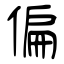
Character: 偏